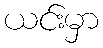
ယင်းမှာ